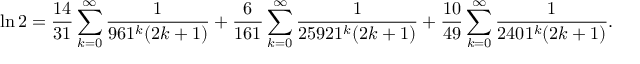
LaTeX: \ln 2 = { \frac { 1 4 } { 3 1 } } \sum _ { k = 0 } ^ { \infty } { \frac { 1 } { 9 6 1 ^ { k } ( 2 k + 1 ) } } + { \frac { 6 } { 1 6 1 } } \sum _ { k = 0 } ^ { \infty } { \frac { 1 } { 2 5 9 2 1 ^ { k } ( 2 k + 1 ) } } + { \frac { 1 0 } { 4 9 } } \sum _ { k = 0 } ^ { \infty } { \frac { 1 } { 2 4 0 1 ^ { k } ( 2 k + 1 ) } } .